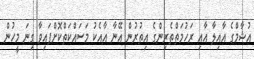
އުޝާމްގެ އާއިލާ އާއި ރަހުމަތްތެރިންގެ އިތުރުން އޭނާ އާއެކު މަސައްކަތްކޮށްފައިވާ ގިނަ މީހުން